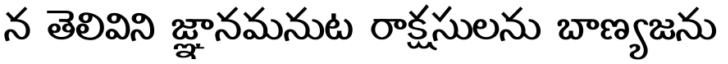
న తెలివిని జ్ఞానమనుట రాక్షసులను బాణ్యజను